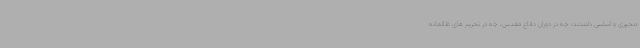
محوری و اساسی داشتند؛ چه در دوران دفاع مقدس، چه در تحریم های ظالمانه